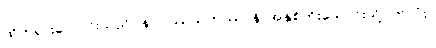
ထိုဘုရားလောင်းသည်။ နဝဝဿသတဿာနိ၊ အနှစ်ကိုးသောင်းသို့ပတ်လုံး။